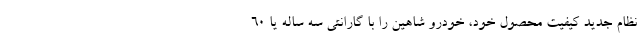
نظام جدید کیفیت محصول خود، خودرو شاهین را با گارانتی سه ساله یا ۶۰